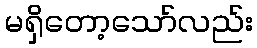
မရှိတော့သော်လည်း